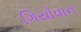
ગિયોવાન